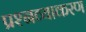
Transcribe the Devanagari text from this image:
प्रश्नव्याकरण